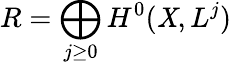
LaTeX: R=\bigoplus_{j\geq0}H^{0}(\mathit{X},L^{j})